Epidemic dropsy in Calcutta - Number 45
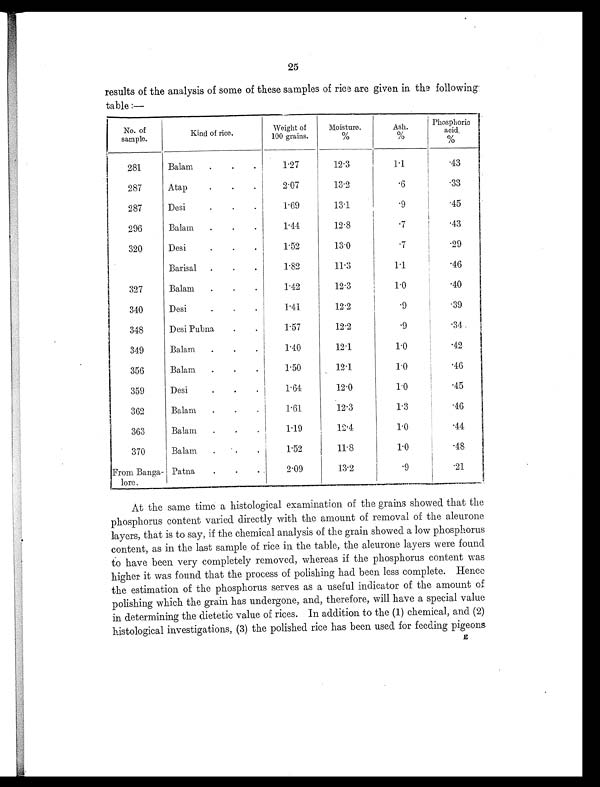
25
results of the analysis of some of these samples of rice are given in the following
table :—
No. of
sample.
Kind of rice.
Weight of
100 grains.
Moisture.
%
Ash.
%
Phosphoric
acid
%
281
Balam
.
.
.
1.27
12.3
1.1
. 4 3
287
Atap
.
.
.
2.07
13.2
.6
.33
287
Desi
.
.
.
1.69
13.1
.9
. 4 5
296
Balam
.
.
.
1.44
12.8
.7
.43
320
Desi
.
.
.
1.52
13.0
.7
. 2 9
Barisal .
.
.
1.82
11.3
1.1
. 4 6
327
Balam
.
.
.
1.42
12.3
1.0
.40
340
Desi
.
.
.
1.41
12.2
.9
.39
348
Desi Pubna
.
.
1.57
12.2
.9
. 3 4
349
Balam
.
.
.
1.40
12.1
1.0
. 4 2
356
Balam
.
.
.
1.50
12.1
1.0
. 4 6
359
Desi
.
.
.
1.64
12.0
1.0
. 4 5
362
Balam
.
.
.
1.61
12.3
1.3
. 4 6
363
Balam
.
.
.
1.19
12.4
1.0
. 4 4
370
Balam
.
.
.
1.52
11.8
1.0
. 4 8
From Banga-
lore.
Patna
.
.
.
2.09
13.2
.9
.21
At the same time a histological examination of the grains showed that the
phosphorus content varied directly with the amount of removal of the aleurone
layers, that is to say, if the chemical analysis of the grain showed a low phosphorus
content, as in the last sample of rice in the table, the aleurone layers were found
to have been very completely removed, whereas if the phosphorus content was
higher it was found that the process of polishing had been less complete. Hence
the estimation of the phosphorus serves as a useful indicator of the amount of
polishing which the grain has undergone, and, therefore, will have a special value
in determining the dietetic value of rices. In addition to the (1) chemical, and (2)
histological investigations, (3) the polished rice has been used for feeding pigeons.